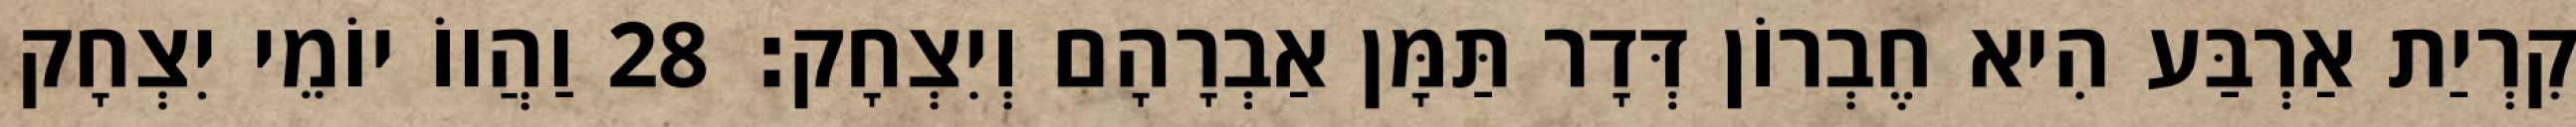
קִרְיַת אַרְבַּע הִיא חֶבְרוֹן דְּדָר תַּמָּן אַבְרָהָם וְיִצְחָק׃ 28 וַהֲווֹ יוֹמֵי יִצְחָק